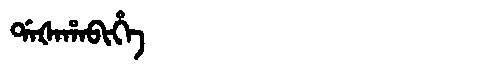
Manchu: ᡩᠠᡧᠠᡥᠠᠪᡳᡥᡝ
Romanization: DAŠAHABIHE